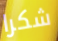
شكرا